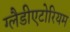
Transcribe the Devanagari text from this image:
ग्लैडीएटोरियम